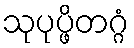
သုပုပ္ဖိတဂ္ဂံ